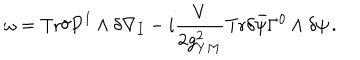
\omega = \mathrm { T r } \delta P ^ { I } \wedge \delta \nabla _ { I } - i \frac { V } { 2 g _ { Y M } ^ { 2 } } \mathrm { T r } \delta \bar { \psi } \Gamma ^ { 0 } \wedge \delta \psi \, .